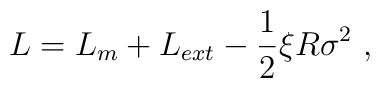
L=L_m+L_{ext} -{\frac{1}{2}} \xi R \sigma^2~,